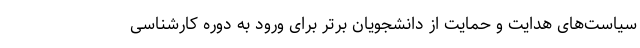
سیاست‌های هدایت و حمایت از دانشجویان برتر برای ورود به دوره کارشناسی